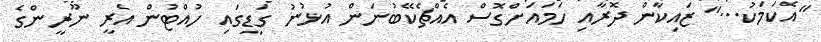
"އެކަމަކު..." ޒައިކާން ދޮރާއި ހަމައަށްގޮސް އެއްޗެކޭބުނަން އުޅުނު ގަޑީގައި ހުއްޓުން އެރީ ނޫރީންގެ